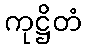
ကုဋ္ဌိတံ